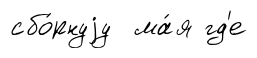
сбо́рнуjу ма́я гд'е